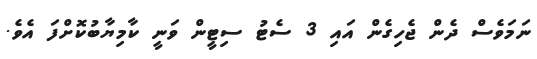
ނަމަވެސް ދެން ޖެހިގެން އައި 3 ސެޓު ސިޓީން ވަނީ ކާމިޔާބުކޮށްފަ އެވެ.